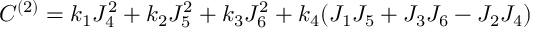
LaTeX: C ^ { ( 2 ) } = k _ { 1 } J _ { 4 } ^ { 2 } + k _ { 2 } J _ { 5 } ^ { 2 } + k _ { 3 } J _ { 6 } ^ { 2 } + k _ { 4 } ( J _ { 1 } J _ { 5 } + J _ { 3 } J _ { 6 } - J _ { 2 } J _ { 4 } )